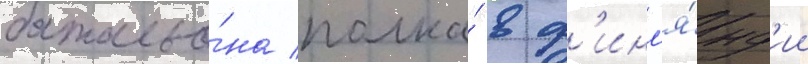
батальо́на полка́ в ф'инл'я́нд'ии